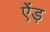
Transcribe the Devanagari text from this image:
ऐंड़